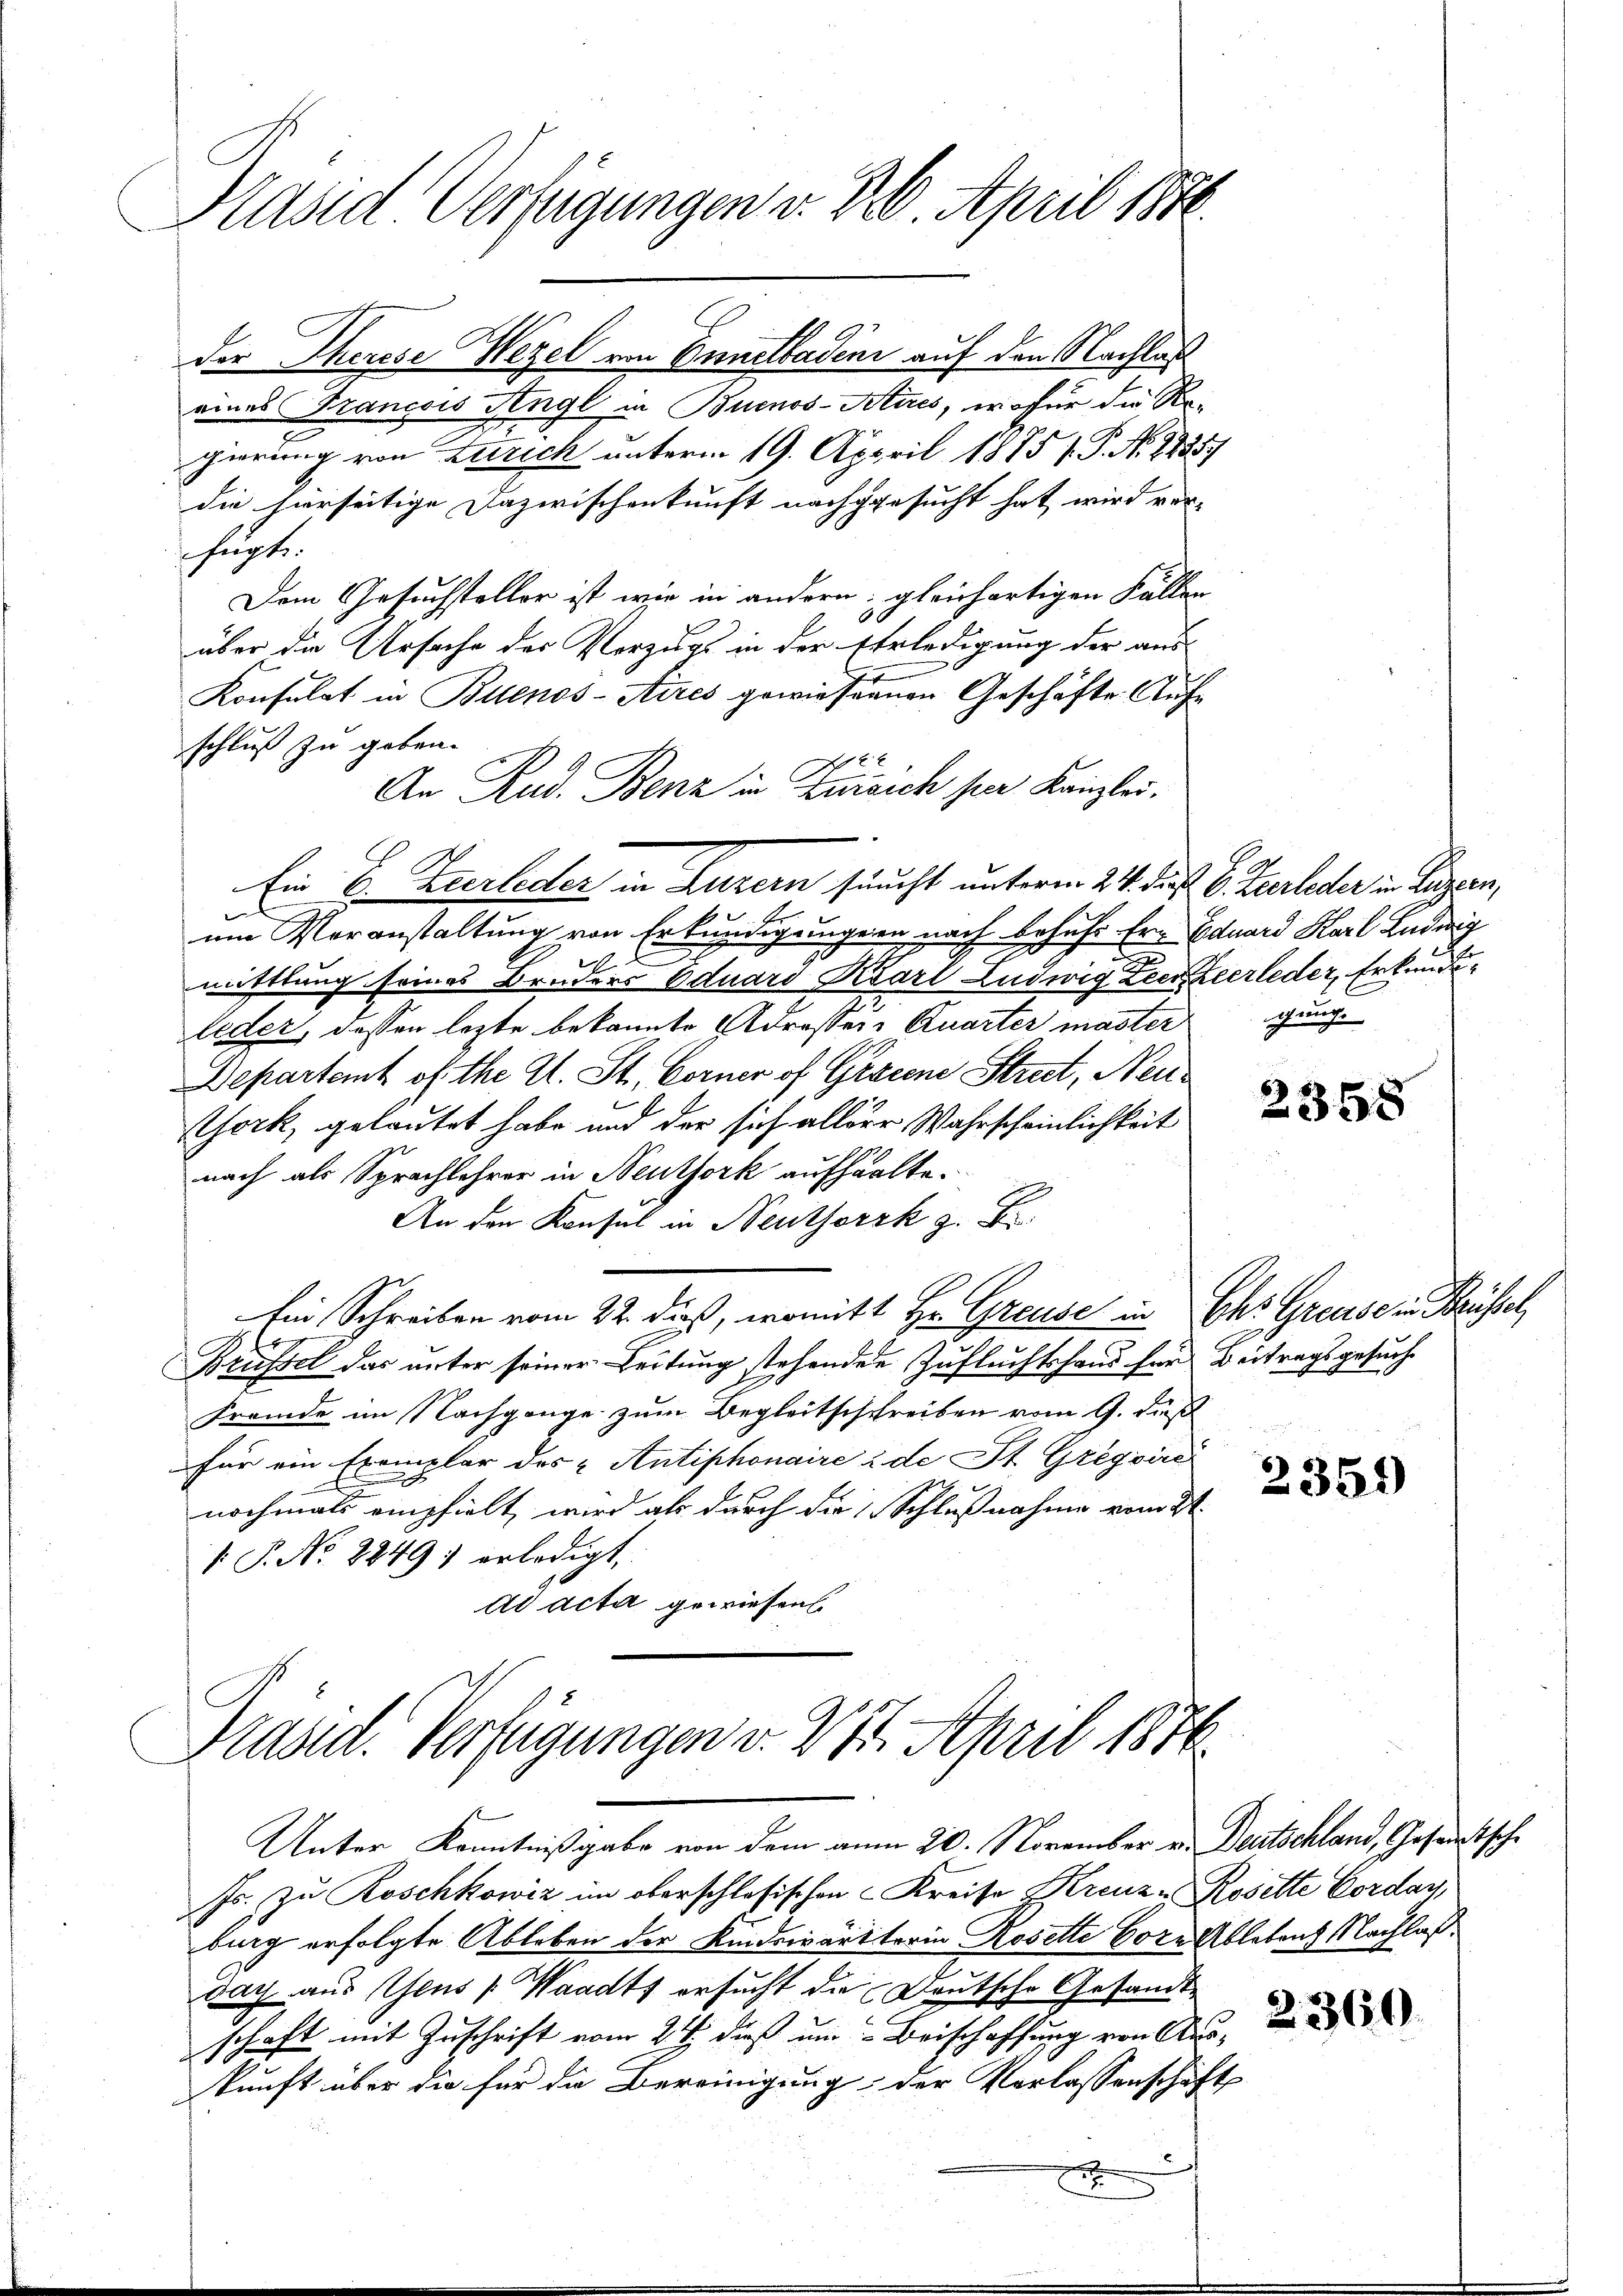
Präsid Verfügungen v. 30. April 1870

der Therese Wegel von Ennetladen auf den Nachlas
eines Francois Angl in Buenos-Attes, wofür die Regierung von Zürich unterm 19. Appril 1875 f. P. No. 1835.
die hierseitige Dazwischenkunft nachgesucht hat, wird ver-
efugt.
Dem Gesuchsteller ist wir in andern gleichartigen Fällen
über die Ursache des Vorzugs in der Erledigung der aus
2
Konsulat in Pollenos-Ayres gewiesennen Geschäfte Aufschluß zu geben.
An Rud. Benz in Zürsich ser Kanzlei.
Ein B. Zeerleder in Luzern sicht unterm 24. Fuß. 6. Zeerleder in Luzern,
e
um Voranstaltung von Erkundigungen nach behufs Ern Eduard Karl Ludwig
F
t
mittlung seines Bruders Eduard Karl Ludwig Zeer verleder, Erkunde
leder, dessen lezte bekannte Adresser-Quarter mastergung.
Departent of the Al. St. Corner of Gracene Streit, Neu¬
York, gelautet habe und der sich aller Wahrscheinlichkeit
nach als Sprachlehrer in Neuthork aufhalte.
An den Konsul in Neuthorzk z. B.
Ein Schreiben vom 22. dieß, womitt Hr. Greuse in Ihr Greuse in Brüssel,
Brüssel das unter seiner Leitung stehende Zufluchtshand für Beitragsgesuche
Fremde im Nachgange zum Begleitsschreiben vom 9. dieß
für ein Exemplar des Antiphonaire u. de St. Gregoire
nochmals empfielt, wird als durch die Schlußnahme vom 21.
 P. No 2249) erledigt,
ad acta gewiesen.

Präsid. Verfügungen v. 217. April 1876

Unter Kenntnißgabe von dem am 20. November v. Deutschland, Gesandtsche
Js. zu Roschkowiz im oberschlosischen Kreise Kreuze Rosette Cordar,
burg erfolgte Ableben der Kindswärttorin Rosette Corn. Ableben Nachlaßdach aus Gens (Waadt ersucht die Deutsche Gesandtschaft mit Zuschrift vom 24. dieß um Beischaffung von Aus-
kunft über die für die Bereinigung der Verlassenschaft
E

2358

2354)

2360